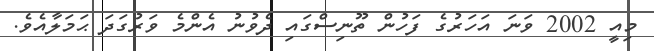
މިއީ 2002 ވަނަ އަހަރުގެ ފަހުން ތޫނިސްގައި ދެވުނު އެންމެ ވަރުގަދަ ޙަމަލާއެވެ.